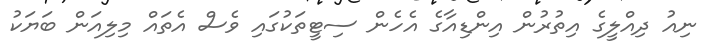
ނިއު ދިއްލީގެ އިތުރުން އިންޑިއާގެ އެހެން ސިޓީތަކުގައި ވެސް އެތައް މިލިއަން ބަޔަކު